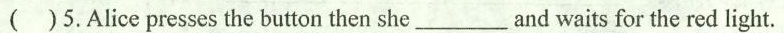
( )5.Alice presses the button then she___and waits for the red light.